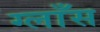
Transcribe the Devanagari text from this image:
ग्लाँस